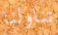
تناولنا